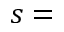
s =